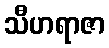
သီဟရာဇာ